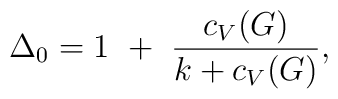
\Delta_0=1~+~{c_V(G)\over k + c_V(G)},